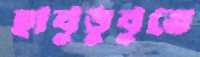
হাবুডুবুতে